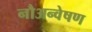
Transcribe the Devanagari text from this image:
नौअन्वेषण